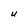
Character: U